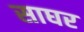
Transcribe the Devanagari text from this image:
साघर